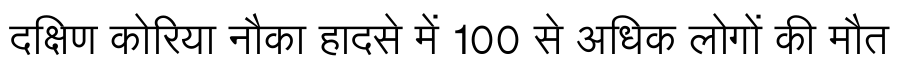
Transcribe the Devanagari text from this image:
दक्षिण कोरिया नौका हादसे में 100 से अधिक लोगों की मौत